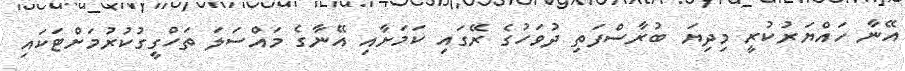
އޭނާ ހައްޔަރުކުރީ މިދިޔަ ބުރާސްފަތި ދުވަހުގެ ރޭގައި ކަމަށާއި އޭނާގެ މައްސަލަ ތަހްގީގުކުރުމަށްޓަކައި